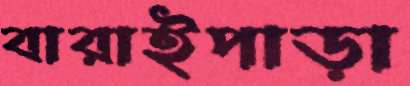
বারাইপাড়া